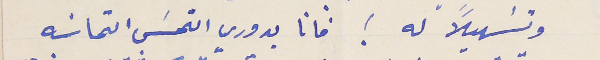
وتسَهيلاً له ! فانا يدوري التمسَ التماسَه